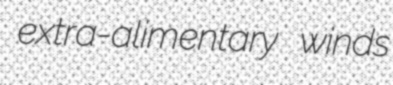
extra-alimentary winds